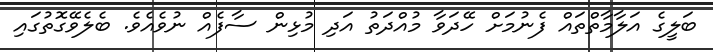
ބަލީގެ އަލާމާތްތައް ފެނުމަށް ހޭދަވާ މުއްދަތު އަދި މުޅިން ސާފެއް ނުވެއެވެ. ބެލެވޭގޮތުގައި